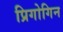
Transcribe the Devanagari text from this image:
प्रिगोगिन